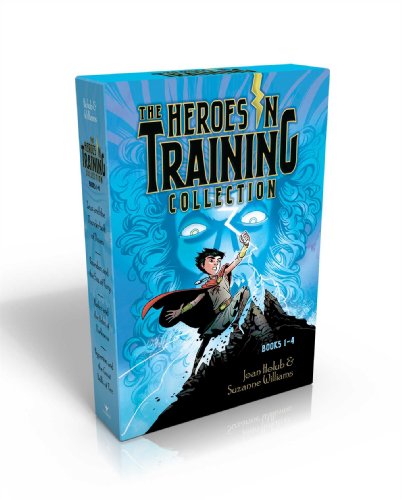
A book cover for The Heroes in Training Collection Books 1-4: Zeus and the Thunderbolt of Doom; Poseidon and the Sea of Fury; Hades and the Helm of Darkness; Hyperion and the Great Balls of Fire; Joan Holub; Children's Books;